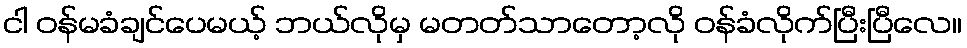
ငါ ဝန်မခံချင်ပေမယ့် ဘယ်လိုမှ မတတ်သာတော့လို ဝန်ခံလိုက်ပြီးပြီလေ။